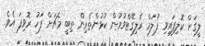
ލީގަށް ކޮލިފައިވި ފުލަމް ރެލިގޭޓްވުމުން ކުޅުންތެރިން ތިބީ މެޗަށް ފަހު ރޮވިފަ އެވެ.